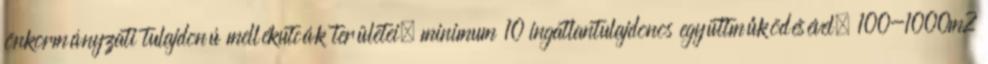
önkormányzati tulajdonú mellékutcák területei, minimum 10 ingatlantulajdonos együttműködésével, 100-1000m2